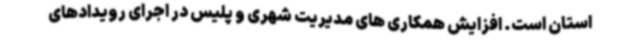
استان است. افزایش همکاری های مدیریت شهری و پلیس در اجرای رویدادهای